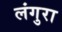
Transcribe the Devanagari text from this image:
लंगुरा